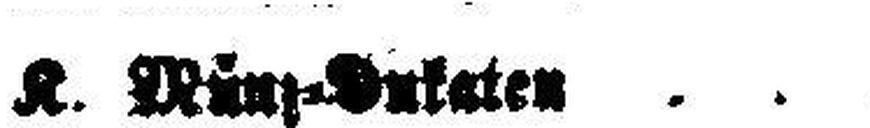
K. Münz=Dukaten